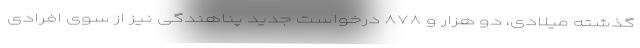
گذشته میلادی، دو هزار و ۸۷۸ درخواست جدید پناهندگی نیز از سوی افرادی